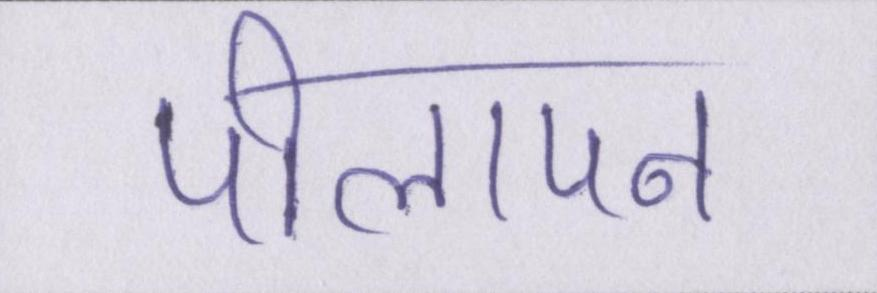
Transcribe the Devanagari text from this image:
पीलापन